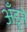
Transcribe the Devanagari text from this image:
अँड्रूने